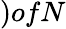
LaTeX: )ofN